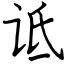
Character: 诋